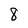
Character: 8